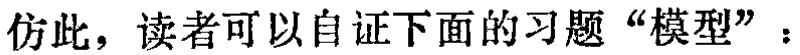
仿此，读者可以自证下面的习题“模型”：